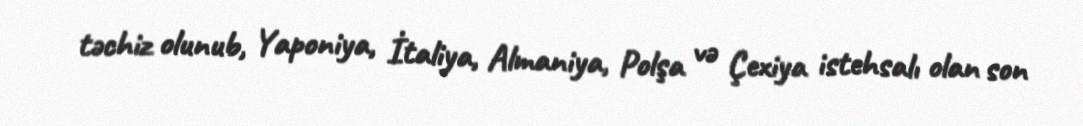
təchiz olunub, Yaponiya, İtaliya, Almaniya, Polşa və Çexiya istehsalı olan son